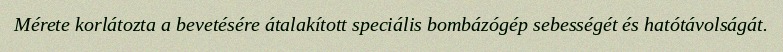
Mérete korlátozta a bevetésére átalakított speciális bombázógép sebességét és hatótávolságát.